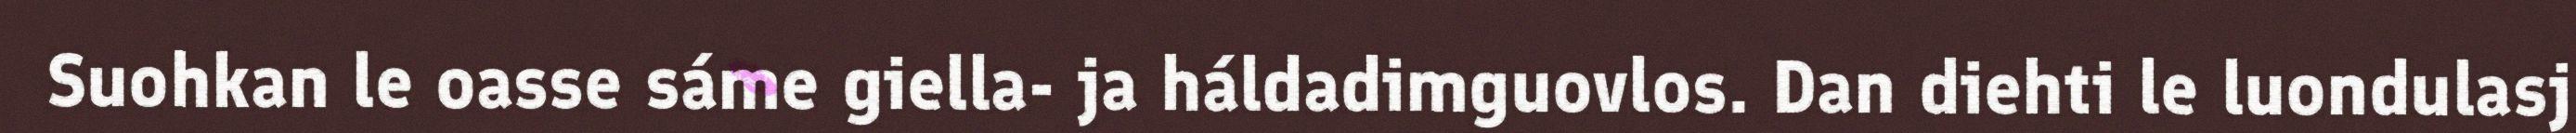
Suohkan le oasse sáme giella- ja háldadimguovlos. Dan diehti le luondulasj